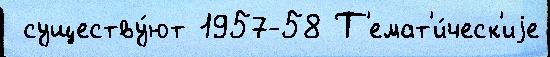
 существу́ют 1957-58 Т'емат'и́ческ'иjе